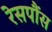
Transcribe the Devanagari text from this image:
रेसपौंस